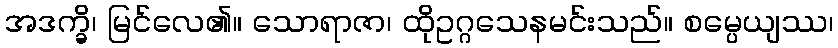
အဒက္ခိ၊ မြင်လေ၏။ သောရာဇာ၊ ထိုဥဂ္ဂသေနမင်းသည်။ စမ္ပေယျဿ၊